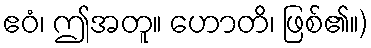
ဧဝံ၊ ဤအတူ။ ဟောတိ၊ ဖြစ်၏။)